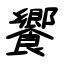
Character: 饗